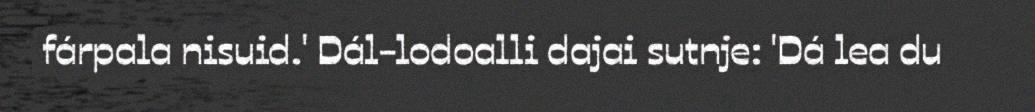
fárpala nisuid.' Dál-lodoalli dajai sutnje: 'Dá lea du